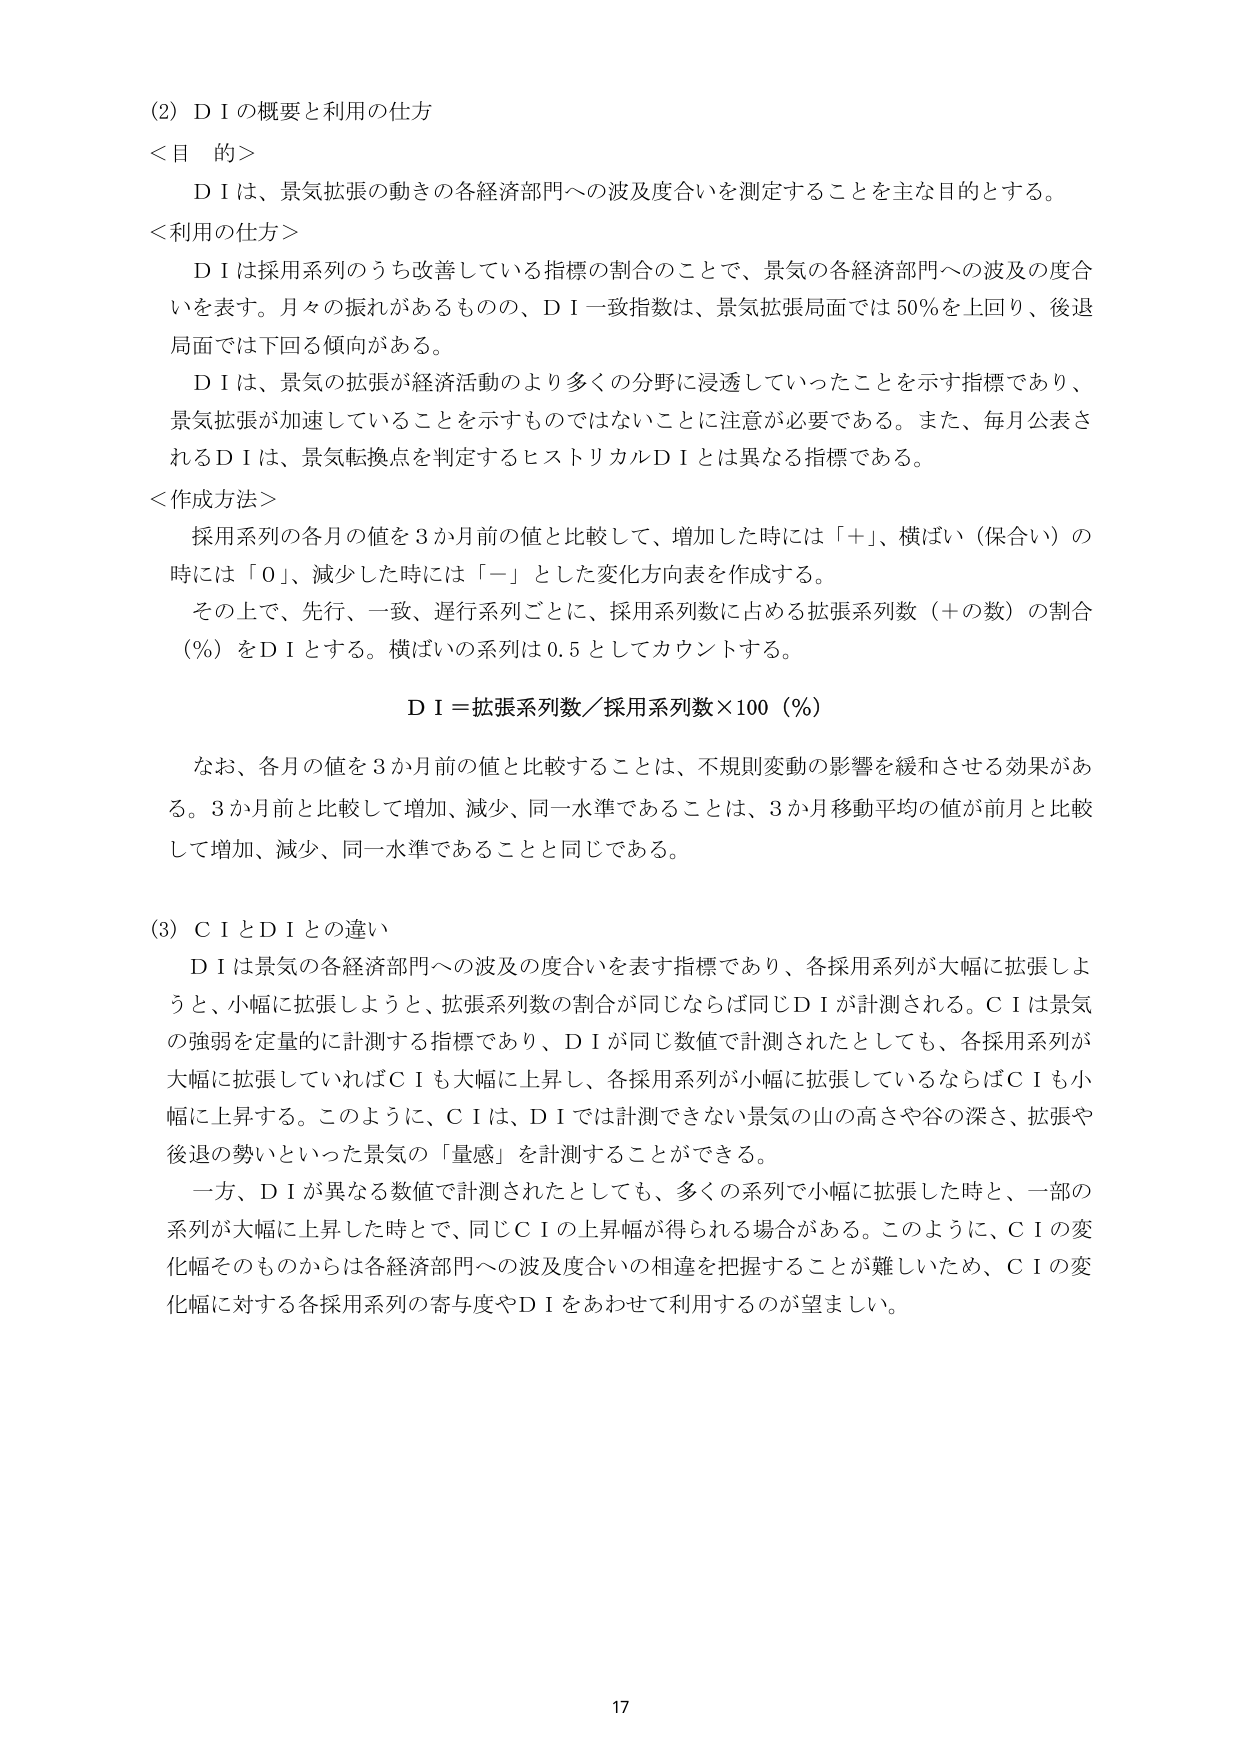
(2) D I の概要と利用の仕方
＜目的＞
　D I は、景気拡張の動きの各経済部門への波及度合いを測定することを主な目的とする。

＜利用の仕方＞
　D I は採用系列のうち改善している指標の割合のことで、景気の各経済部門への波及の度合いを表す。月々の振れがあるものの、D I 一致指数は、景気拡張局面では 50% を上回り、後退局面では下回る傾向がある。
　D I は、景気の拡張が経済活動のより多くの分野に浸透していったことを示す指標であり、景気拡張が加速していることを示すものではないことに注意が必要である。また、毎月公表される D I は、景気転換点を判定するヒストリカル D I とは異なる指標である。

＜作成方法＞
　採用系列の各月の値を 3 か月前の値と比較して、増加した時には「＋」、横ばい（保合い）の時には「0」、減少した時には「－」とした変化方向表を作成する。
　その上で、先行、一致、遅行系列ごとに、採用系列数に占める拡張系列数（＋の数）の割合（%）を D I とする。横ばいの系列は 0.5 としてカウントする。

　D I ＝拡張系列数／採用系列数×100（%）

　なお、各月の値を 3 か月前の値と比較することは、不規則変動の影響を緩和させる効果がある。3 か月前と比較して増加、減少、同一水準であることは、3 か月移動平均の値が前月と比較して増加、減少、同一水準であることに同じである。

(3) C I と D I との違い
　D I は景気の各経済部門への波及の度合いを表す指標であり、各採用系列が大幅に拡張しようと、小幅に拡張しようと、拡張系列数の割合が同じならば同じ D I が計測される。C I は景気の強弱を定量的に計測する指標であり、D I が同じ数値で計測されたとしても、各採用系列が大幅に拡張していれば C I も大幅に上昇し、各採用系列が小幅に拡張しているならば C I も小幅に上昇する。このように、C I は、D I では計測できない景気の山の高さや谷の深さ、拡張や後退の勢いといった景気の「量感」を計測することができる。
　一方、D I が異なる数値で計測されたとしても、多くの系列で小幅に拡張した時と、一部の系列が大幅に上昇した時とで、同じ C I の上昇幅が得られる場合がある。このように、C I の変化幅そのものからは各経済部門への波及度合いの相違を把握することが難しいため、C I の変化幅に対する各採用系列の寄与度や D I をあわせて利用するのが望ましい。

17